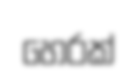
හෙරක්